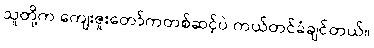
သူတို့က ကျေးဇူးတော်ကတစ်ဆင့်ပဲ ကယ်တင်ခံချင်တယ်။